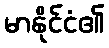
မာနိုင်ငံ၏